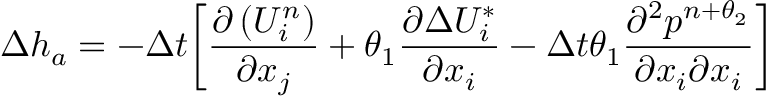
\Delta { { h } _ { a } } = - \Delta t { { \left[ \frac { \partial \left( U _ { i } ^ { n } \right) } { \partial { { x } _ { j } } } + { { \theta } _ { 1 } } \frac { \partial \Delta U _ { i } ^ { * } } { \partial { { x } _ { i } } } - \Delta t { { \theta } _ { 1 } } \frac { { { \partial } ^ { 2 } } { { p } ^ { n + { { \theta } _ { 2 } } } } } { \partial { { x } _ { i } } \partial { { x } _ { i } } } \right] } }